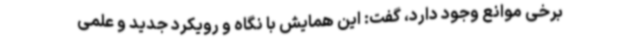
برخی موانع وجود دارد، گفت: این همایش با نگاه و رویکرد جدید و علمی